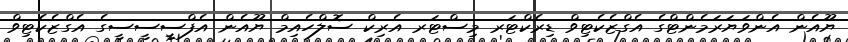
ޔޫއެން އެންވަޔަރަމެންޓްގެ އެގްޒެކެޓިވް ޑިރެކްޓަރ މިސްޓަރ އެރިކް ސޮލްހެއިމް ޔޫއެން އެފްސީސީސީގެ އެގްޒެކެޓިވް